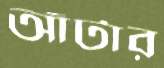
আঁটার